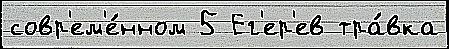
совр'ем'е́нном 5 Ег'ер'ев тра́вка